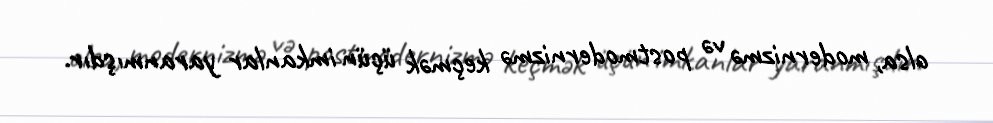
olsa, modernizmə və postmodernizmə keçmək üçün imkanlar yaranmışdır.